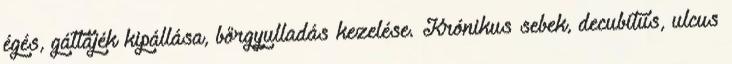
égés, gáttájék kipállása, bőrgyulladás kezelése. Krónikus sebek, decubitus, ulcus